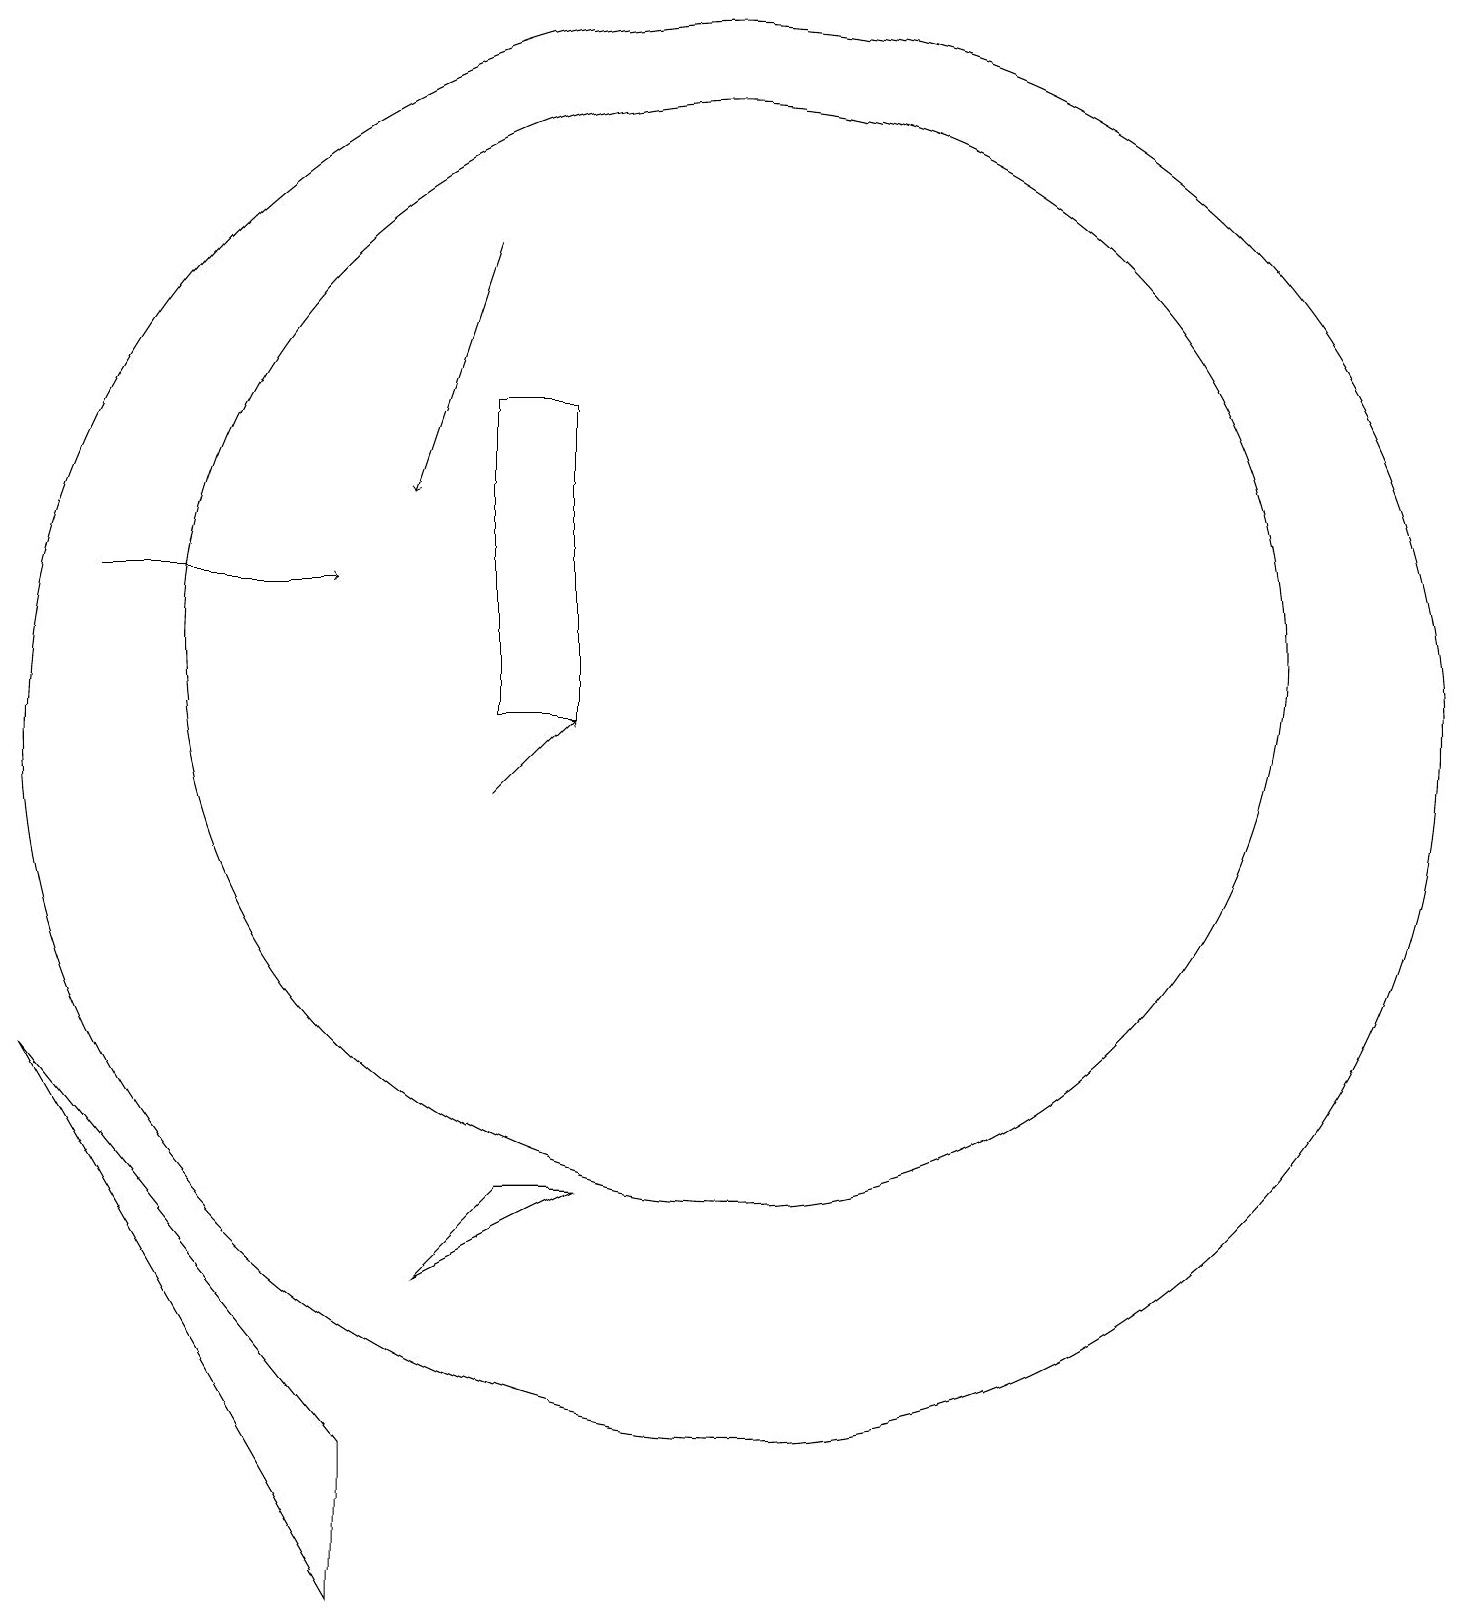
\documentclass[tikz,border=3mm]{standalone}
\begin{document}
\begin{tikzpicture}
\draw (11,12) circle (7);
\draw (8,5) -- (9,5) -- (7,4) -- cycle;
\draw[->] (8,17) -- (7,14);
\draw[->] (8,10) -- (9,11);
\draw (9,15) rectangle (8,11);
\draw (11,11) circle (9);
\draw (2,7) -- (6,0) -- (6,2) -- cycle;
\draw[->] (3,13) -- (6,13);
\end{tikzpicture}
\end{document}